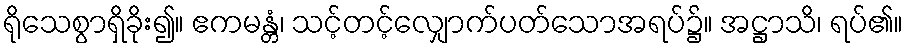
ရိုသေစွာရှိခိုး၍။ ဧကမန္တံ၊ သင့်တင့်လျှောက်ပတ်သောအရပ်၌။ အဋ္ဌာသိ၊ ရပ်၏။